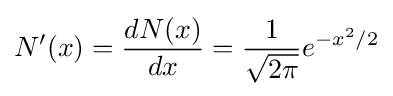
N'(x)={\frac {dN(x)}{dx}}={\frac {1}{\sqrt {2\pi }}}e^{-x^{2}/2}